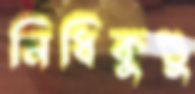
নিধিকুণ্ডু